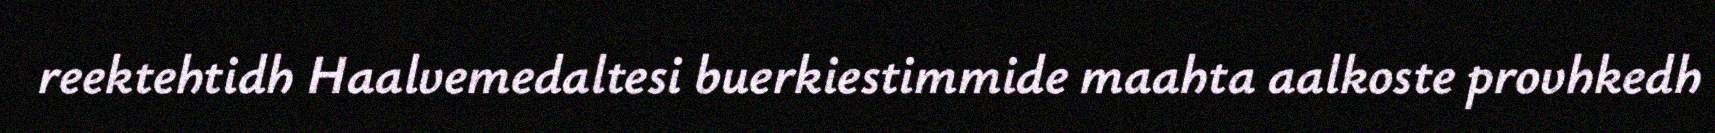
reektehtidh Haalvemedaltesi buerkiestimmide maahta aalkoste provhkedh